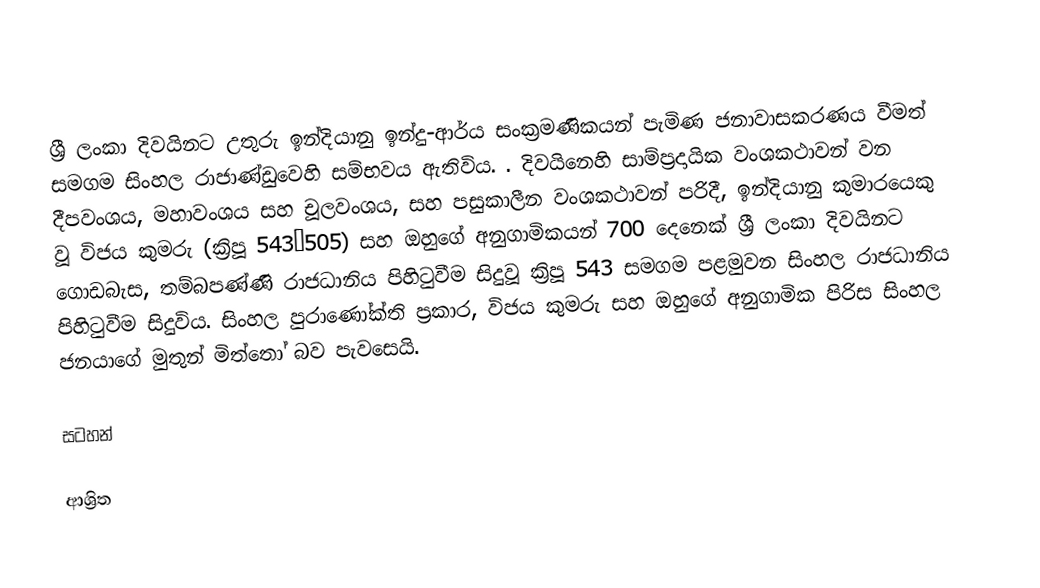
ශ්‍රී ලංකා දිවයිනට උතුරු ඉන්දියානු ඉන්දු-ආර්ය සංක්‍රමණිකයන් පැමිණ ජනාවාසකරණය වීමත් සමගම සිංහල රාජාණ්ඩුවෙහි සම්භවය ඇතිවිය. . දිවයිනෙහි සාම්ප්‍රදායික වංශකථාවන් වන  දීපවංශය, මහාවංශය සහ චූලවංශය, සහ පසුකාලීන වංශකථාවන් පරිදී, ඉන්දියානු කුමාරයෙකු වූ විජය කුමරු (ක්‍රිපූ 543–505) සහ ඔහුගේ අනුගාමිකයන් 700 දෙනෙක් ශ්‍රී ලංකා  දිවයිනට ගොඩබැස, තම්බපණ්ණි රාජධානිය  පිහිටුවීම සිදුවූ ක්‍රිපූ 543  සමගම පළමුවන සිංහල රාජධානිය පිහිටුවීම සිදුවිය.   සිංහල පුරාණෝක්ති ප්‍රකාර, විජය කුමරු සහ ඔහුගේ අනුගාමික පිරිස  සිංහල ජනයාගේ මුතුන් මිත්තෝ බව පැවසෙයි.

සටහන්

ආශ්‍රිත